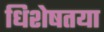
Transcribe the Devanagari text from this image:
धिशेषतया